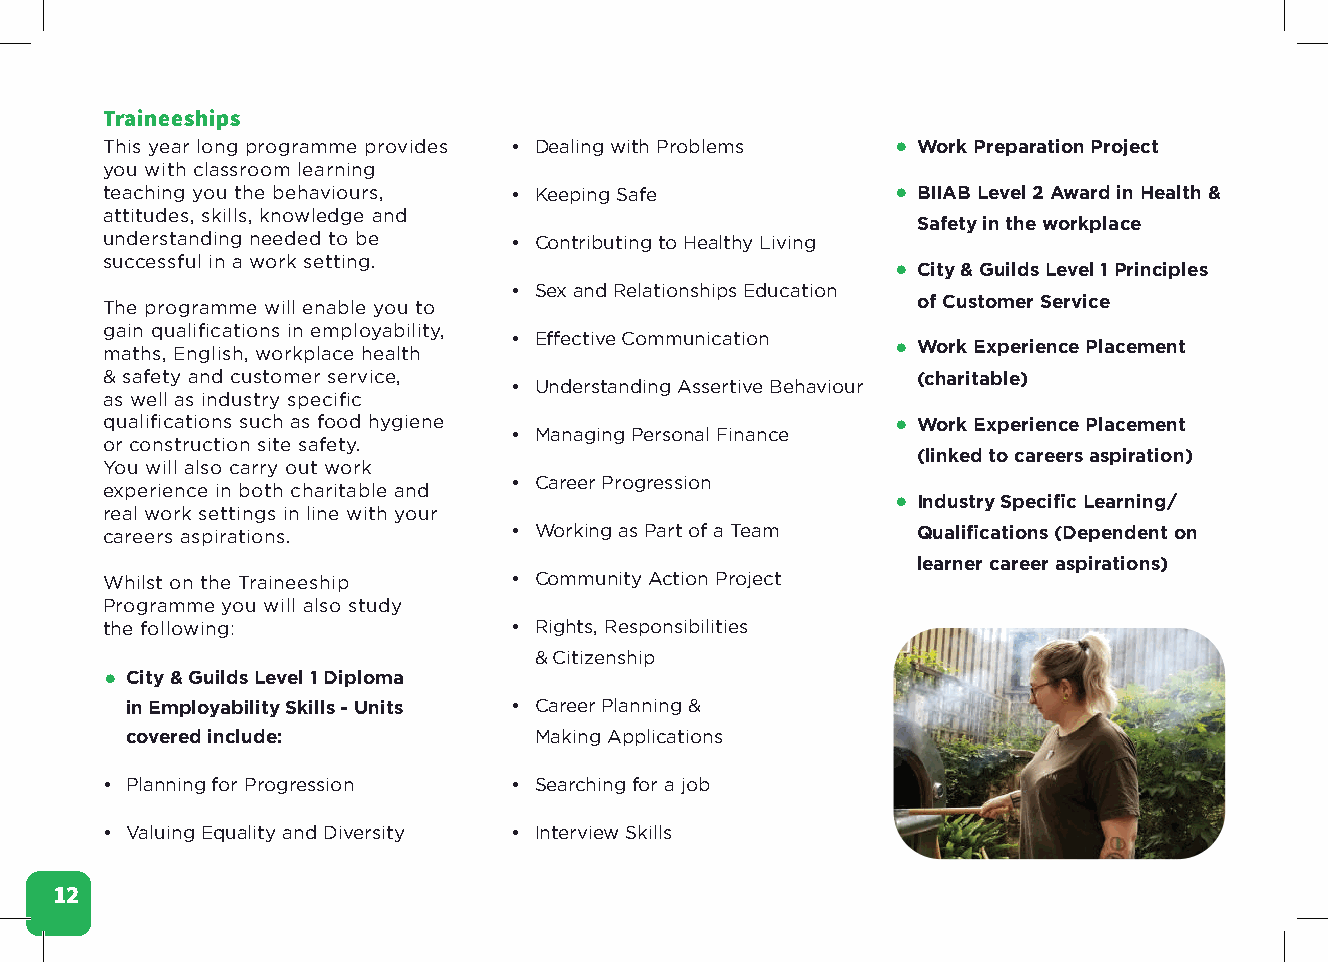
Traineeships
 This year long programme provides • Dealing with Problems • Work Preparation Project
 you with classroom learning
 teaching you the behaviours, • Keeping Safe         • BIIAB Level 2 Award in Health &
 attitudes, skills, knowledge and
 Safety in the workplace
 understanding needed to be • Contributing to Healthy Living
 successful in a work setting.                       • City & Guilds Level 1 Principles
 • Sex and Relationships Education
 The programme will enable you to                      of Customer Service
 gain qualifications in employability,
 maths, English, workplace health • Effective Communication • Work Experience Placement
 & safety and customer service,                        (charitable)
 • Understanding Assertive Behaviour
 as well as industry specific
 qualifications such as food hygiene                 • Work Experience Placement
 • Managing Personal Finance
 or construction site safety.
 (linked to careers aspiration)
 You will also carry out work
 • Career Progression
 experience in both charitable and
 • Industry Specific Learning/
 real work settings in line with your
 careers aspirations.       • Working as Part of a Team Qualifications (Dependent on
 learner career aspirations)
 Whilst on the Traineeship  • Community Action Project
 Programme you will also study
 the following:             • Rights, Responsibilities
 & Citizenship
 • City & Guilds Level 1 Diploma
 in Employability Skills - Units • Career Planning &
 covered include:           Making Applications
 • Planning for Progression • Searching for a job
 • Valuing Equality and Diversity • Interview Skills
 12